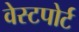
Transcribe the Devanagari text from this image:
वेस्‍टपोर्ट